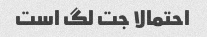
احتمالا جت لگ است